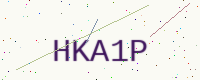
Text: HKA1P